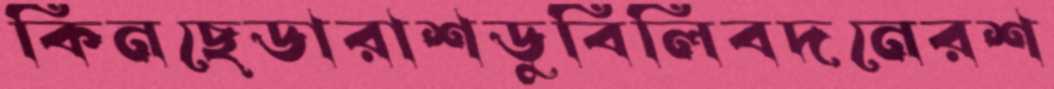
কিনছেডারাশডুবিলিবদনেরশ